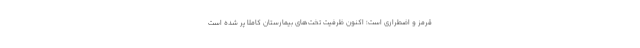
قرمز و اضطراری است؛ اکنون ظرفیت تخت‌های بیمارستان کاملا پر شده است